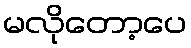
မလိုတော့ပေ